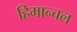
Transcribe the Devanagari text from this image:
हिमान्चल